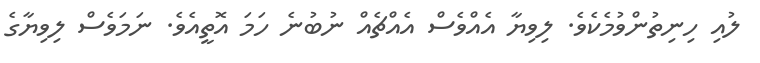
ލުއި ހިނިތުންވުމެކެވެ. ލިވިޔާ އެއްވެސް އެއްޗެއް ނުބުނެ ހަމަ އޮތީއެވެ. ނަމަވެސް ލިވިޔާގެ